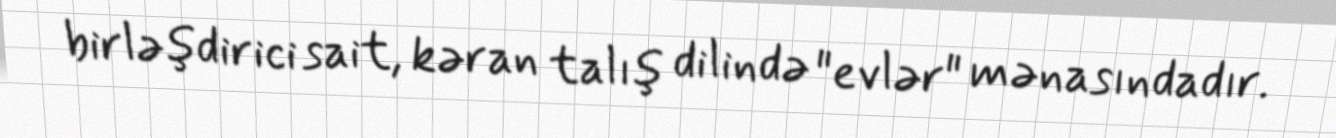
birləşdirici sait, kəran talış dilində "evlər" mənasındadır.